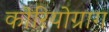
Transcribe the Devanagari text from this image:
कोरियोग्राग